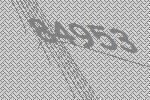
84953